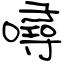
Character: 噚